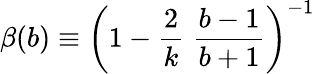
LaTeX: \beta(b)\equiv\left(1-\frac{2}{k}\; \frac{b-1}{b+1}\right)^{-1}